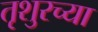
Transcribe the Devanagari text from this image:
तृशुरच्या